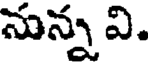
నున్న వి.